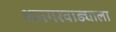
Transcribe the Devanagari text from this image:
धनगरवाड्याला